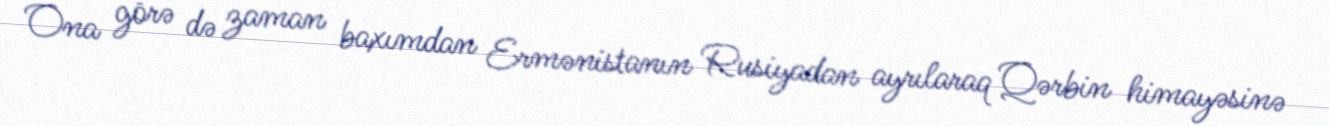
Ona görə də zaman baxımdan Ermənistanın Rusiyadan ayrılaraq Qərbin himayəsinə